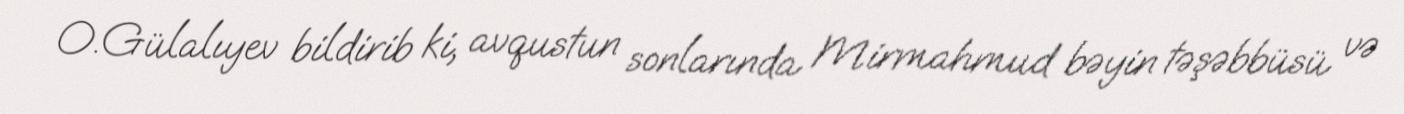
O.Gülalıyev bildirib ki, avqustun sonlarında Mirmahmud bəyin təşəbbüsü və